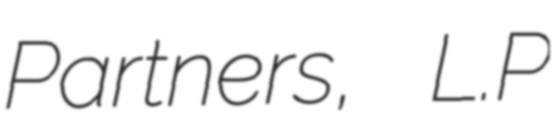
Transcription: Partners, L.P